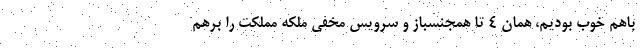
باهم خوب بودیم، همان 4 تا همجنسباز و سرویس مخفی ملکه مملکت را برهم